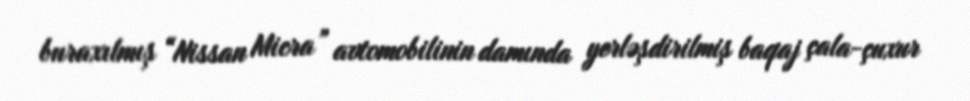
buraxılmış “Nissan Micra” avtomobilinin damında yerləşdirilmiş baqaj çala-çuxur